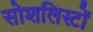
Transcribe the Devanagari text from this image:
सोशलिस्टों